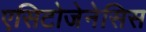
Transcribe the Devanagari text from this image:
एसिटोजेनेसिस